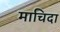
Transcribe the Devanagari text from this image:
माचिदा